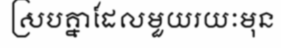
ស្របគ្នាដែលមួយរយៈមុន